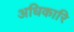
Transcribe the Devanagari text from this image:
अधिकारि